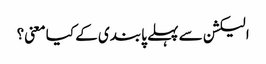
الیکشن سے پہلے پابندی کے کیا معنی؟